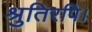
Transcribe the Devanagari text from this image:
श्रुतिरपि।